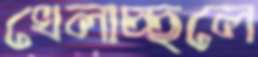
খেলাচ্ছলে